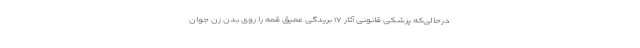
درحالی‌که پزشکی قانونی آثار ۱۷ بریدگی عمیق قمه را روی بدن زن جوان